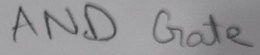
Text: AND Gate